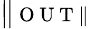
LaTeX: \| \scriptsize{\mathrm{~O~U~T~}}\|